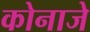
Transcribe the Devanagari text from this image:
कोनाजे